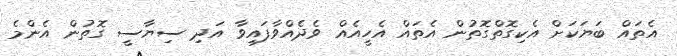
އެތައް ބަޔަކަށް އެކިގޮތްގޮތުން އެތައް އެހީއެއް ވެދެއްވާފައިވާ އަދި ސިޔާސީ ގޮތުން އެންމެ